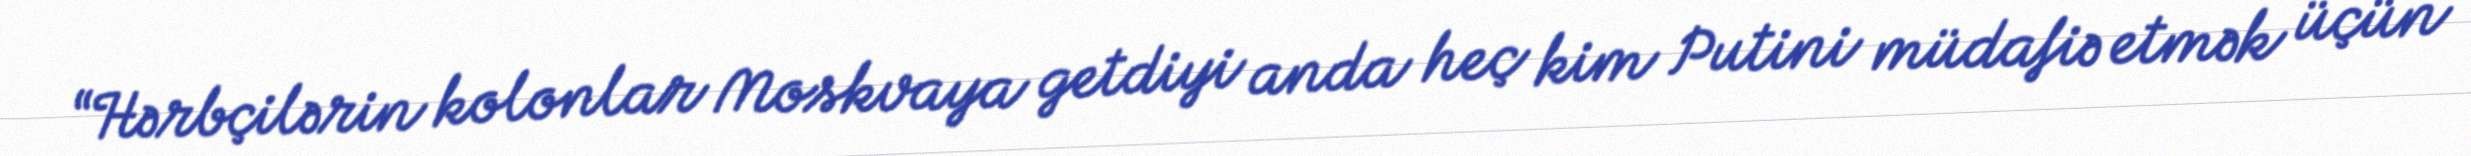
“Hərbçilərin kolonlar Moskvaya getdiyi anda heç kim Putini müdafiə etmək üçün